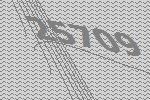
25709